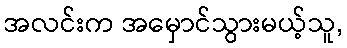
အလင်းက အမှောင်သွားမယ့်သူ,